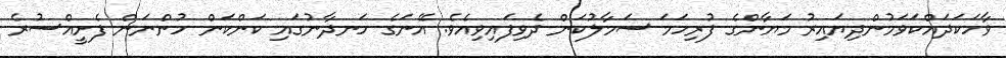
ވާހަކަދައްކަވަމުންދިޔައިރު މަޔާންގެ ފުރިހަމަ ސަމާލުކަން ދެވިފައިވިއެވެ. އޭނަގެ ހަނދާނުގައި ކަންކަން ހުންނަން ފެށީއްސުރެ